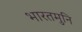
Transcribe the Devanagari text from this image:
भारतमुनि